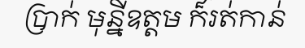
ប្រាក់ មុន្នីឧត្តម ក៏រត់កាន់